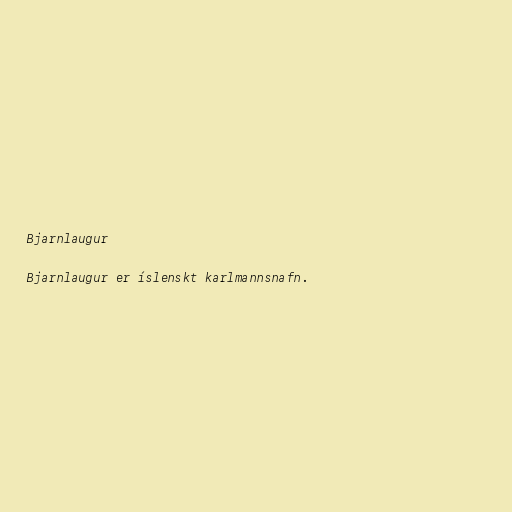
Bjarnlaugur

Bjarnlaugur er íslenskt karlmannsnafn.